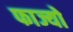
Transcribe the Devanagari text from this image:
फाज्यो